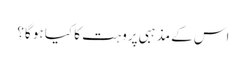
اس کے مذہبی پروہت کا کیا ہو گا؟